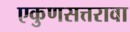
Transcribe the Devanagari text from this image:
एकुणसत्तरावा